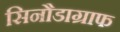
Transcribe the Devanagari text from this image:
सिनौडाग्राफ